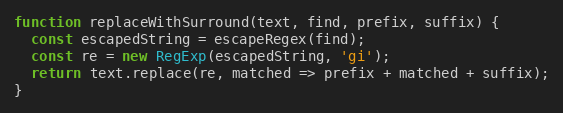
Language: JavaScript
function replaceWithSurround(text, find, prefix, suffix) {
  const escapedString = escapeRegex(find);
  const re = new RegExp(escapedString, 'gi');
  return text.replace(re, matched => prefix + matched + suffix);
}